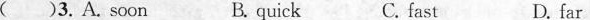
( )3. A. soon B. quick C. fast D. far